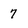
Character: 7